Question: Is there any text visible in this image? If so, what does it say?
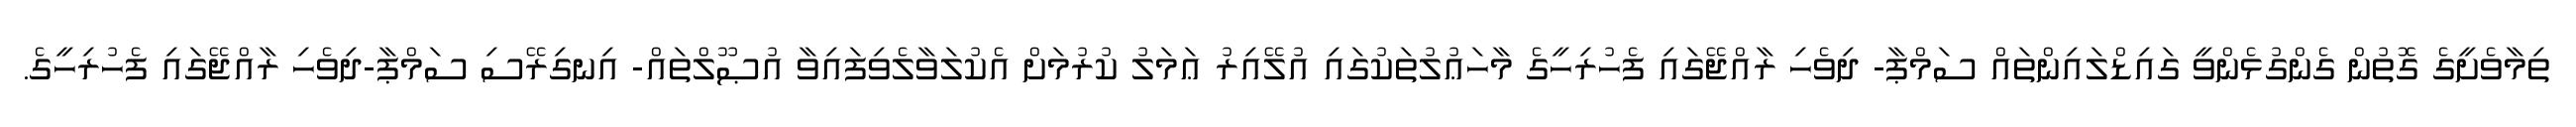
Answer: ތިމާވެށީގެ ގޮތުން ގެންގުޅެންވީ ގައިޑްލައިންތައް ސަމްޕާ- ދިވެހި ރާއްޖޭގައި ފެހުރިހީގެ މާހަޢުލުތަކުގައި އުލޭއިރު ޢަމަލު ކުރުމަށް އެކުލަވާލެވިފައިވާ އުޞޫލްތައް- އިނގިރޭސި ސަމްޕާ-ދިވެހި ރާއްޖޭގައި ފެހުރިހީގެ.